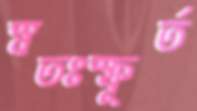
স্বতঃস্ফূর্ত